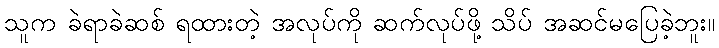
သူက ခဲရာခဲဆစ် ရထားတဲ့ အလုပ်ကို ဆက်လုပ်ဖို့ သိပ် အဆင်မပြေခဲ့ဘူး။